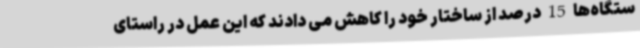
ستگاه‌ها 15 درصد از ساختار خود را کاهش می دادند که این عمل در راستای